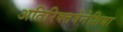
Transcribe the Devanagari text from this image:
अतिरिक्तवेनेशिया